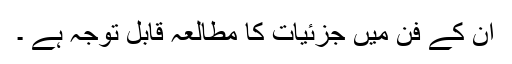
ان کے فن میں جزئیات کا مطالعہ قابل توجہ ہے ۔